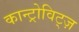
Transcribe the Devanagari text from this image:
कान्ट्रोविट्ज़